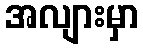
အလျားမှာ